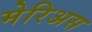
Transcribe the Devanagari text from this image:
मेरिअस